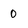
Character: 0